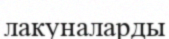
лакуналарды